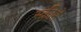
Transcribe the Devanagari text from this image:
स्क्रीने